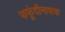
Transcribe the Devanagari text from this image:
फफूंदीनाशक